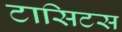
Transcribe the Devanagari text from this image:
टासिटस